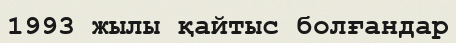
1993 жылы қайтыс болғандар